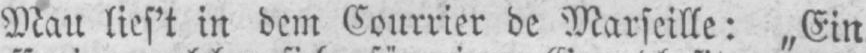
Mau lies’t in dem Courrier de Marseille: „Ein